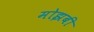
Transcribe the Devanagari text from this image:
मोझबी